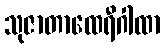
သုဇာတာထေရီဂါထာ